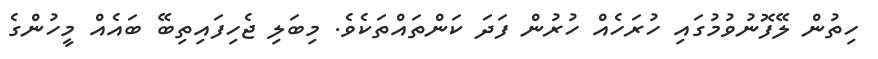
ހިތުން ލޭފޮނުވުމުގައި ހުރަހެއް ހުރުން ފަދަ ކަންތައްތަކެވެ. މިބަލި ޖެހިފައިތިބޭ ބައެއް މީހުންގެ